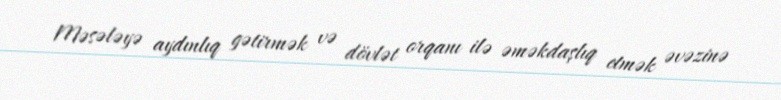
Məsələyə aydınlıq gətirmək və dövlət orqanı ilə əməkdaşlıq etmək əvəzinə